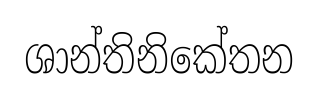
ශාන්තිනිකේතන